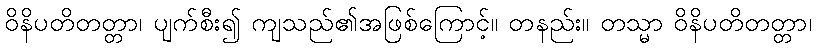
ဝိနိပတိတတ္တာ၊ ပျက်စီး၍ ကျသည်၏အဖြစ်ကြောင့်။ တနည်း။ တသ္မာ ဝိနိပတိတတ္တာ၊